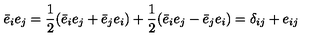
\bar { e } _ { i } e _ { j } = \frac { 1 } { 2 } ( \bar { e } _ { i } e _ { j } + \bar { e } _ { j } e _ { i } ) + \frac { 1 } { 2 } ( \bar { e } _ { i } e _ { j } - \bar { e } _ { j } e _ { i } ) = \delta _ { i j } + e _ { i j }